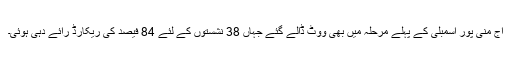
آج منی پور اسمبلی کے پہلے مرحلہ میں بھی ووٹ ڈالے گئے جہاں 38 نشستوں کے لئے 84 فیصد کی ریکارڈ رائے دہی ہوئی۔